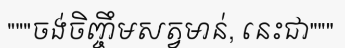
"""ចង់ចិញ្ចឹមសត្វមាន់, នេះជា"""